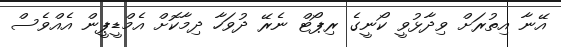
އޭނާ އިތުރަށް ވިދާޅުވީ ކޯނީގެ ރިޕޯޓް ނެރޭ ދުވަހާ ދިމާކޮށް އެމްޑީޕީން އެއްވެސް